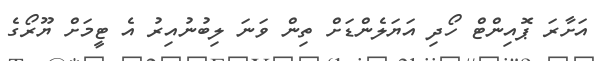
އަށާރަ ޕޮއިންޓް ހޯދި އަޔަލެންޑަށް ތިން ވަނަ ލިބުނުއިރު އެ ޓީމަށް ޔޫރޯގެ